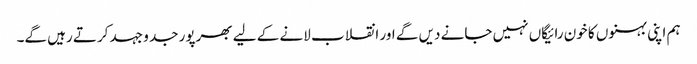
ہم اپنی بہنوں کا خون رائیگاں نہیں جانے دیں گے اور انقلاب لانے کے لیے بھرپور جد و جہد کرتے رہیں گے۔